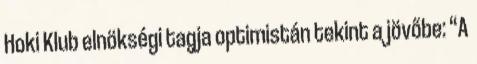
Hoki Klub elnökségi tagja optimistán tekint a jövőbe: “A